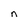
Character: n